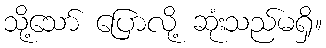
သို့သော် ပြောလို့ ဆုံးသည်မရှိ။